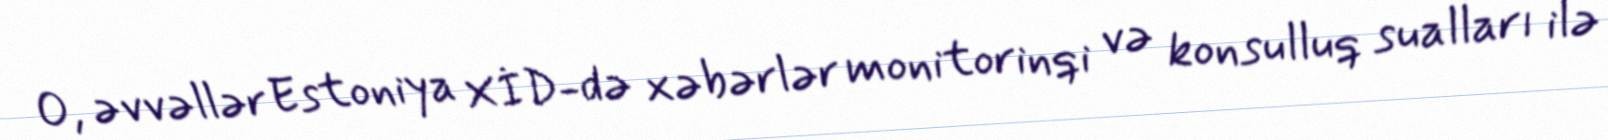
O, əvvəllər Estoniya XİD-də xəbərlər monitorinqi və konsulluq sualları ilə